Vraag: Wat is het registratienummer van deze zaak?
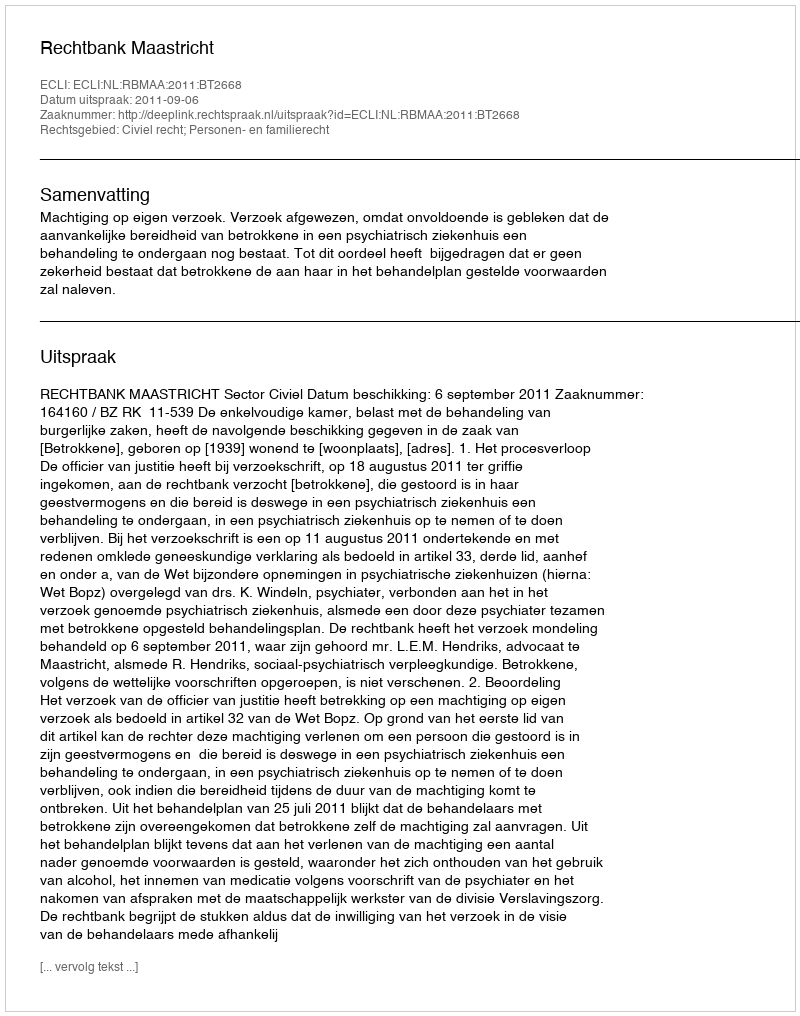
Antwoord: http://deeplink.rechtspraak.nl/uitspraak?id=ECLI:NL:RBMAA:2011:BT2668